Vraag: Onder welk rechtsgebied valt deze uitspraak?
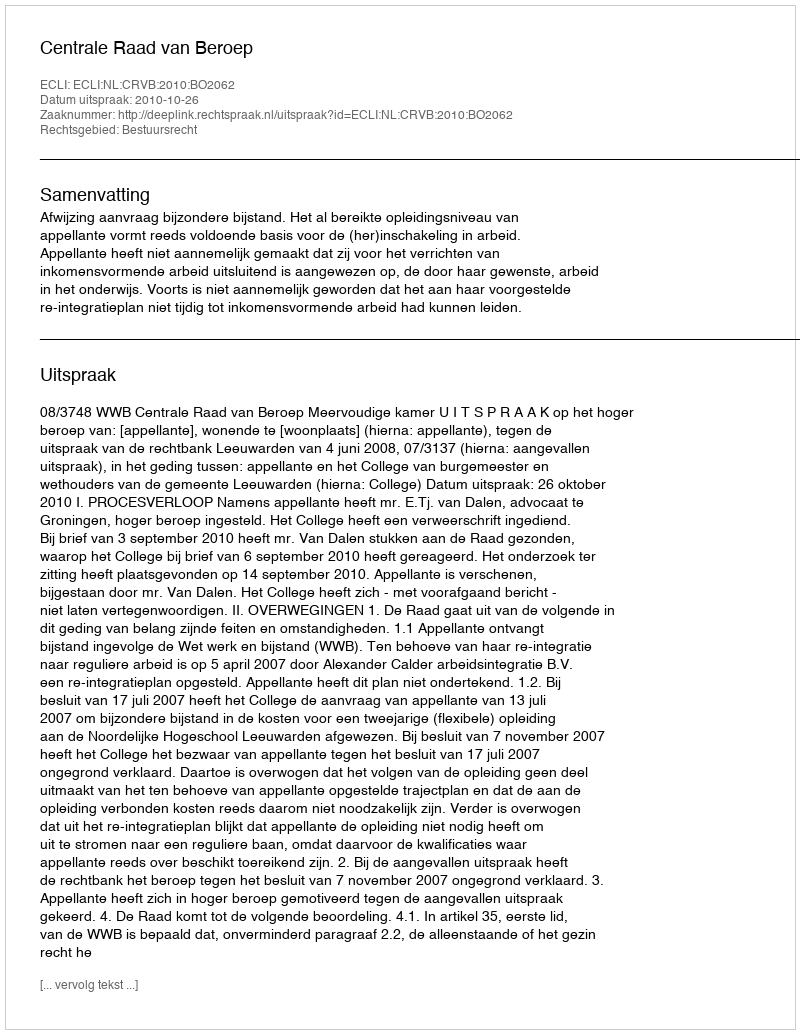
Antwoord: Bestuursrecht